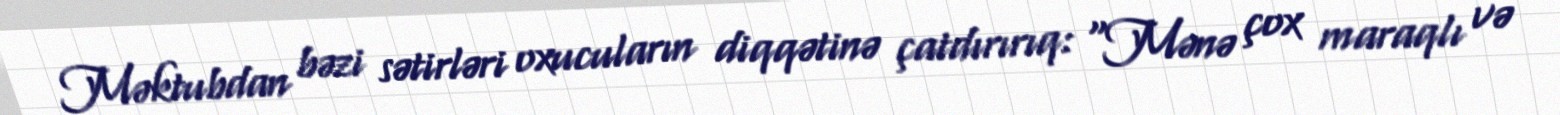
Məktubdan bəzi sətirləri oxucuların diqqətinə çatdırırıq: “Mənə çox maraqlı və